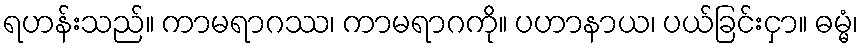
ရဟန်းသည်။ ကာမရာဂဿ၊ ကာမရာဂကို။ ပဟာနာယ၊ ပယ်ခြင်းငှာ။ ဓမ္မံ၊